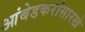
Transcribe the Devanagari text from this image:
आंबेडकरांसारखे